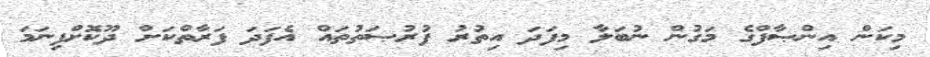
މިކަން އިންޞާފްގެ މަގުން ނުބަލާ މިފަދަ އިތުރު ފުރުޞަތުތައް އެފަދަ ފަރާތްކަށް ދޫކޮށްފިނަމަ